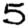
Digit: 5